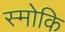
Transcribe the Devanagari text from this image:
स्मोकि